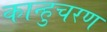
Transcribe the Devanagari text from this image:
कान्हुचरण